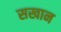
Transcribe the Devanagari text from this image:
सखान